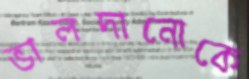
ভালদানোকে